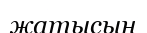
жатысын